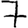
Digit: 7